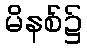
မိနစ်၌